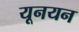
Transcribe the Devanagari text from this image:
यूनयन